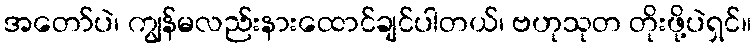
အတော်ပဲ၊ ကျွန်မလည်းနားထောင်ချင်ပါတယ်၊ ဗဟုသုတ တိုးဖို့ပဲရှင်။